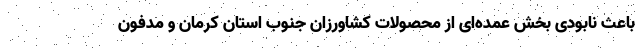
باعث نابودی بخش عمده‌ای از محصولات کشاورزان جنوب استان کرمان و مدفون